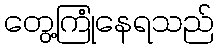
တွေ့ကြုံနေရသည်